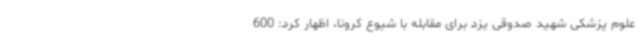
علوم پزشکی شهید صدوقی یزد برای مقابله با شیوع کرونا، اظهار کرد: 600